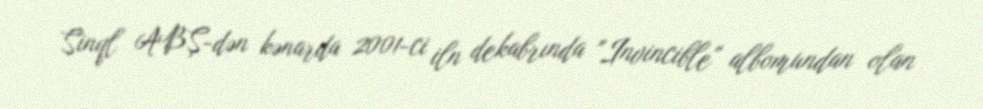
Sinql ABŞ-dən kənarda 2001-ci iln dekabrında "Invincible" albomundan olan